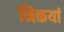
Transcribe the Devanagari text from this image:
निकयां